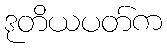
ဒုတိယပတ်က